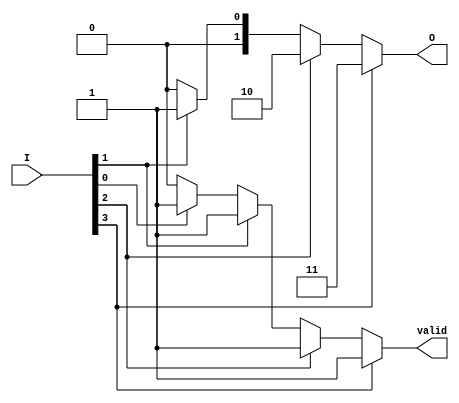
module priority_encoder (
    input wire [3:0] I,     // 4 input lines
    output reg [1:0] O,     // 2 output lines
    output reg valid         // Valid output signal
);

always @(*) begin
    // Default outputs
    O = 2'b00;   // Default output
    valid = 1'b0; // Default valid signal

    // Check inputs from highest priority to lowest
    if (I[3]) begin
        O = 2'b11; // Output for I3
        valid = 1'b1;
    end else if (I[2]) begin
        O = 2'b10; // Output for I2
        valid = 1'b1;
    end else if (I[1]) begin
        O = 2'b01; // Output for I1
        valid = 1'b1;
    end else if (I[0]) begin
        O = 2'b00; // Output for I0
        valid = 1'b1;
    end
    // If no inputs are active, O remains 00 and valid remains 0
end

endmodule